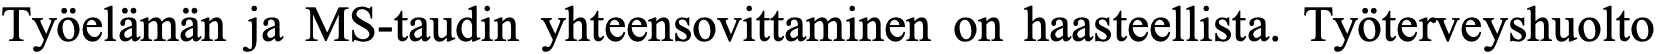
Työelämän ja MS-taudin yhteensovittaminen on haasteellista. Työterveyshuolto